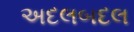
અદલબદલ